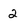
Character: 2